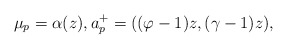
\begin{align*}\mu_p=\alpha (z),a_p^+=((\varphi-1)z, (\gamma-1)z),\end{align*}